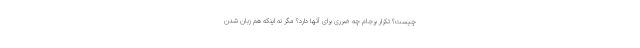
چیست؟ تکرار برجام چه ضرری برای آنها دارد؟ مگر نه اینکه هم زبان شدن